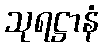
သုရဋ္ဌာနံ